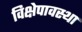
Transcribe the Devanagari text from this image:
विक्षेपावस्था